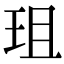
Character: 珇